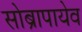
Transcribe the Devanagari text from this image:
सोब्रापायेव